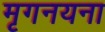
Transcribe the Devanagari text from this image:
मृगनयना